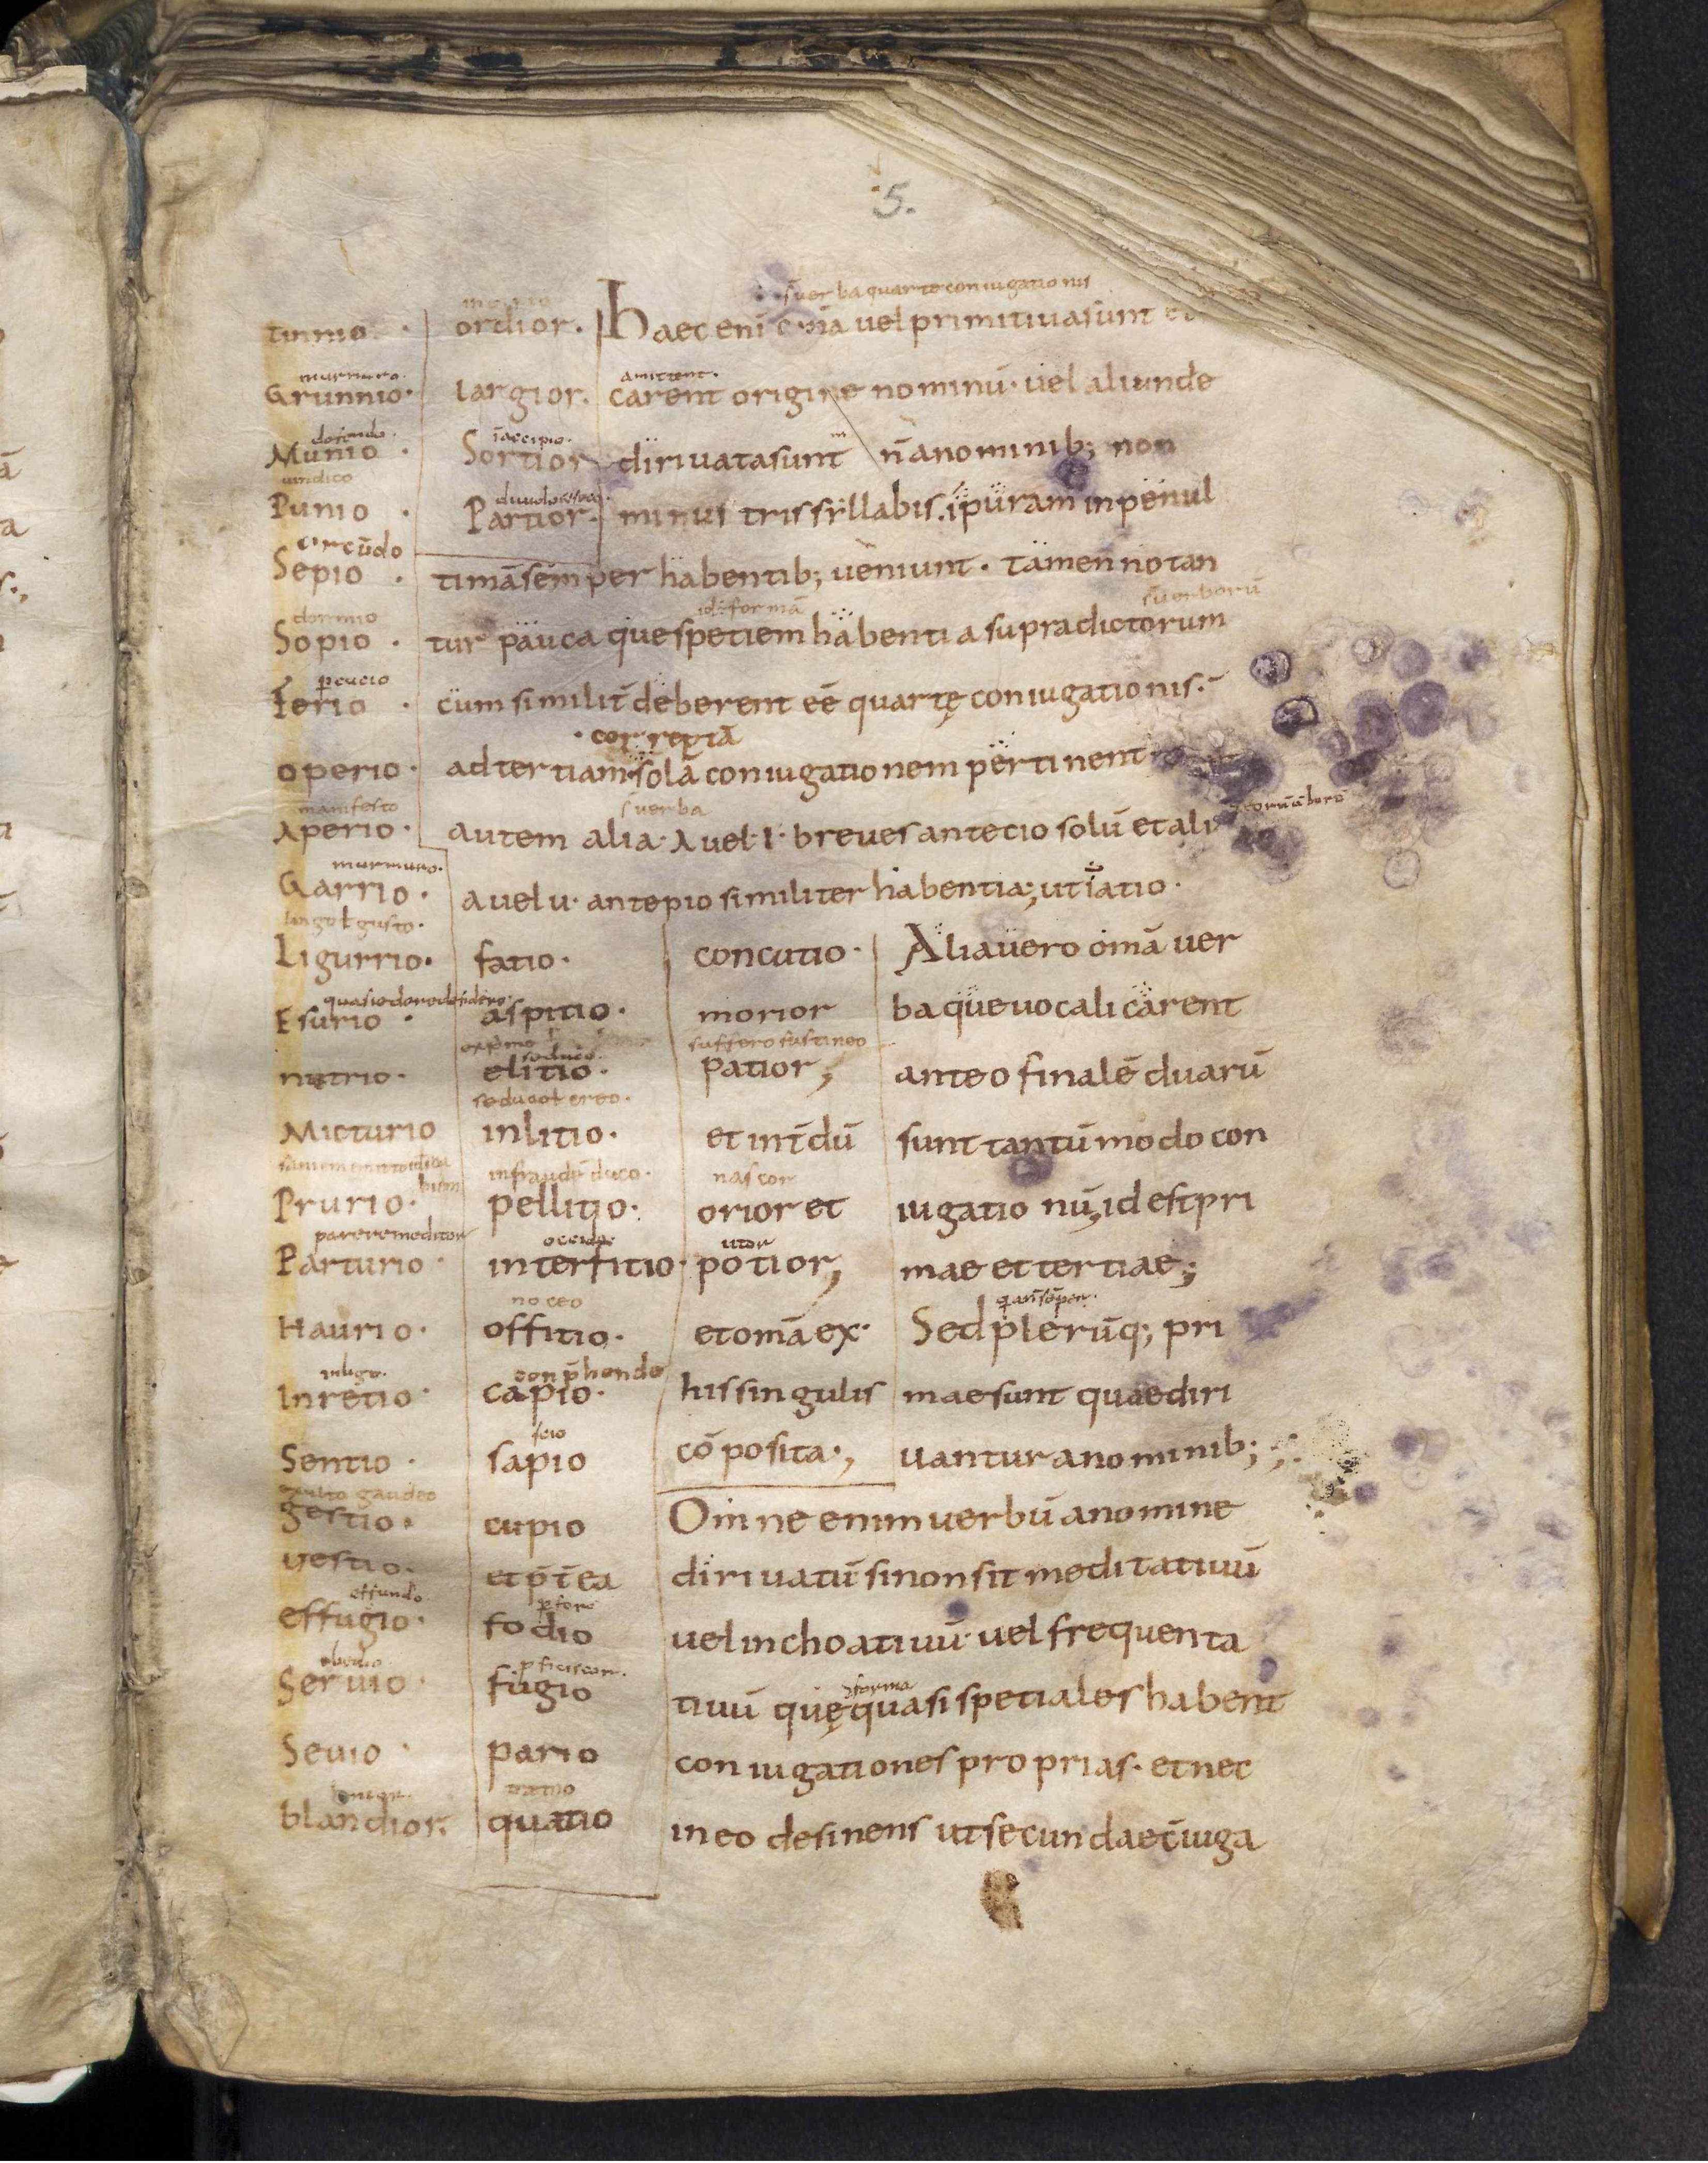
Shelfmark: Leiden, Bibliotheek der Rijksuniversiteit, Voss. Lat. O 41
Century: 9